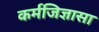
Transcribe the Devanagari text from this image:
कर्मजिज्ञासा